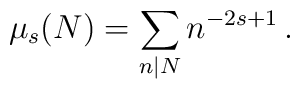
\mu_s(N)=\sum_{n| N} n^{-2s+1}\, .